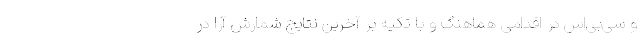
و سی‌بی‌اس در اقدامی هماهنگ و با تکیه بر آخرین نتایج شمارش آرا در